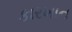
કારખાન